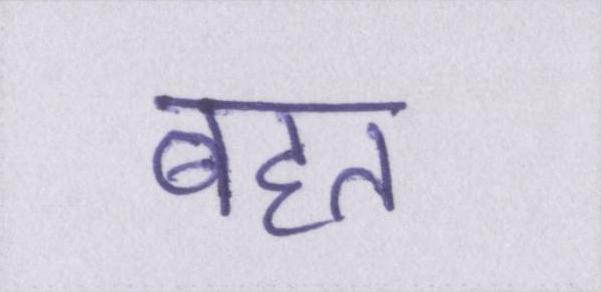
बहत